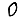
Digit: 0